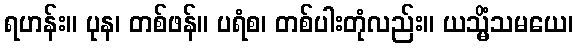
ရဟန်း။ ပုန၊ တစ်ဖန်။ ပရံစ၊ တစ်ပါးတုံလည်း။ ယသ္မိံသမယေ၊